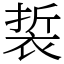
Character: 裚